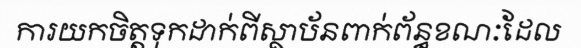
ការយកចិត្តទុកដាក់ពីស្ថាប័នពាក់ព័ន្ធខណៈដែល